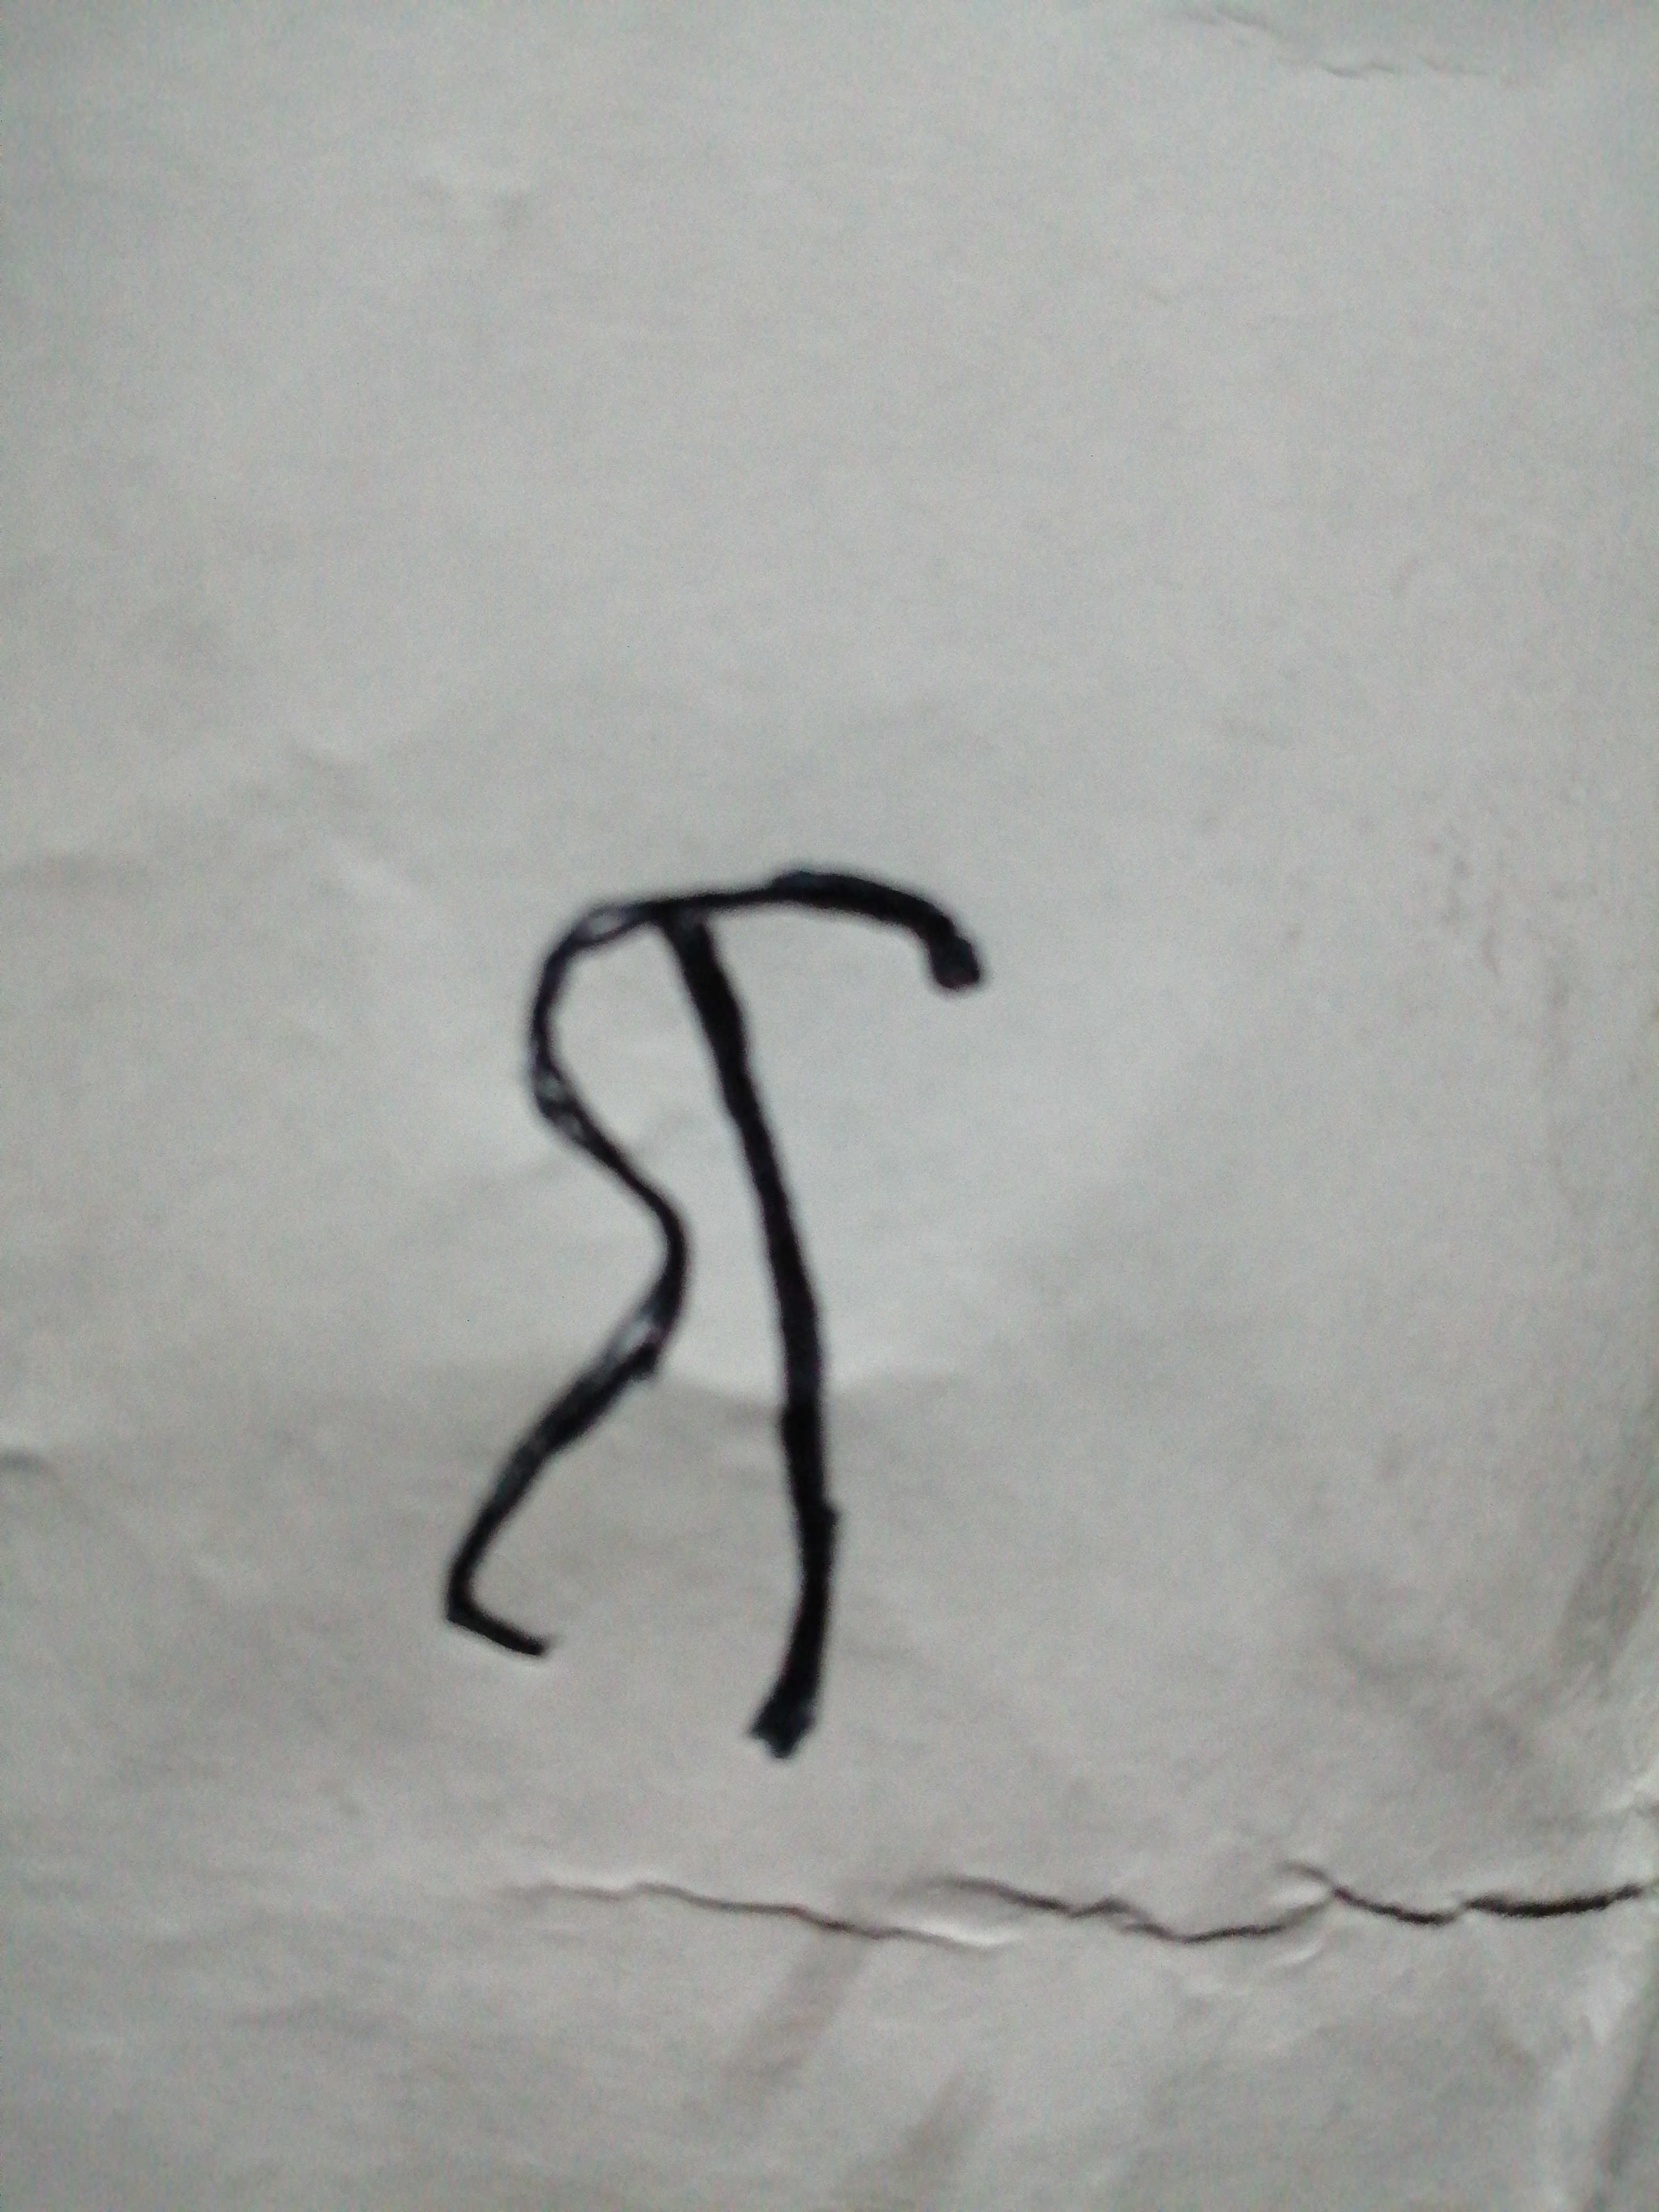
Signature authenticity: forged